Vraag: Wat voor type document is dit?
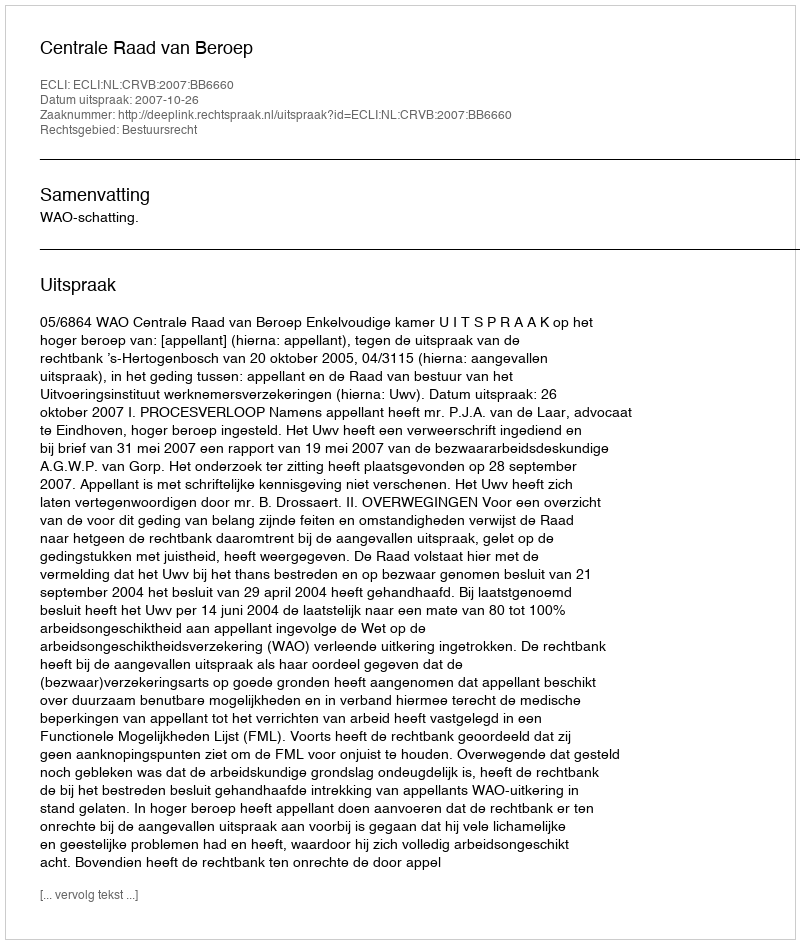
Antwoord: Uitspraak